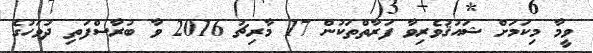
ވީމާ މިކަމަށް ޝައުޤުވެރިވާ ފަރާތްތަކުން 17 މާރިޗު 2016 ވާ ބުރާސްފަތި ދުވަހުގެ